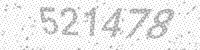
Solution: 521478